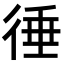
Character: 𢔝